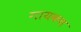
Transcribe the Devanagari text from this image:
गायकच